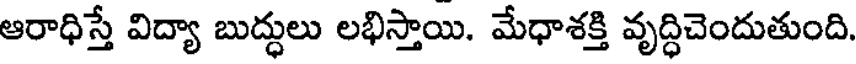
ఆరాధిస్తే విద్యా బుద్ధులు లభిస్తాయి. మేధాశక్తి వృద్ధిచెందుతుంది.